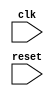
module USB_timing_control_and_sync(
    input wire clk,                  // clock signal
    input wire reset,                // reset signal
    
    // add additional input/output ports as needed
    
    // declare modules for managing USB communication timing
    
    // declare components for handling USB protocol timing constraints
    
    // declare modules for managing USB bus arbitration
    
    // declare modules for implementing bus synchronization logic
    
    // declare error detection and correction mechanisms
    
    // add additional modules and components as necessary
    
    // add internal logic here
    
    // add output ports as needed
);

    // Add Verilog code here

endmodule